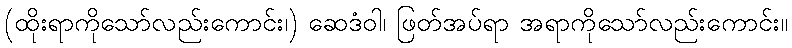
(ထိုးရာကိုသော်လည်းကောင်း၊) ဆေဒံဝါ၊ ဖြတ်အပ်ရာ အရာကိုသော်လည်းကောင်း။